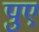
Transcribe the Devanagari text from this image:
पुए